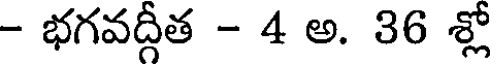
- భగవద్గీత - 4 అ. 36 శ్లో